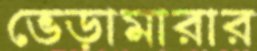
ভেড়ামারার